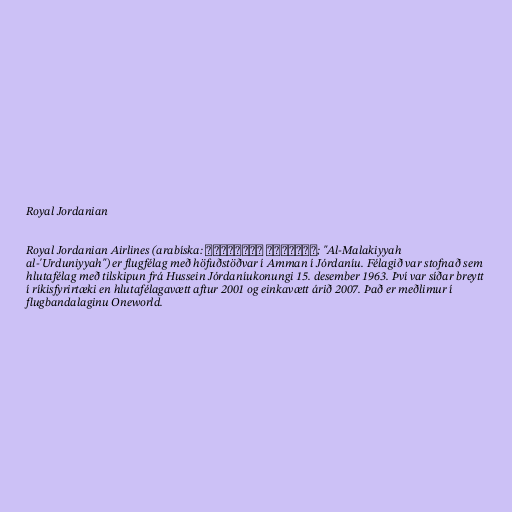
Royal Jordanian

Royal Jordanian Airlines (arabíska: الملكية الأردنية‎; "Al-Malakiyyah
al-'Urduniyyah") er flugfélag með höfuðstöðvar í Amman í Jórdaníu. Félagið var stofnað sem
hlutafélag með tilskipun frá Hussein Jórdaníukonungi 15. desember 1963. Því var síðar breytt
í ríkisfyrirtæki en hlutafélagavætt aftur 2001 og einkavætt árið 2007. Það er meðlimur í
flugbandalaginu Oneworld.